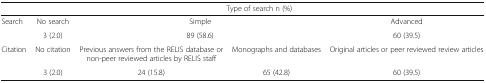
<table><thead><tr><td></td><td colspan="4"><b>Type of search n (%)</b></td></tr></thead><tbody><tr><td rowspan="2">Search</td><td>No search</td><td colspan="2">Simple</td><td>Advanced</td></tr><tr><td>3 (2.0)</td><td colspan="2">89 (58.6)</td><td>60 (39.5)</td></tr><tr><td rowspan="2">Citation</td><td>No citation</td><td>Previous answers from the RELIS database or non-peer reviewed articles by RELIS staff</td><td>Monographs and databases</td><td>Original articles or peer reviewed review articles</td></tr><tr><td>3 (2.0)</td><td>24 (15.8)</td><td>65 (42.8)</td><td>60 (39.5)</td></tr></tbody></table>